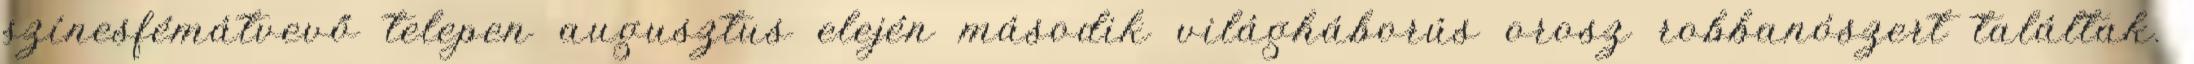
színesfémátvevő telepen augusztus elején második világháborús orosz robbanószert találtak.